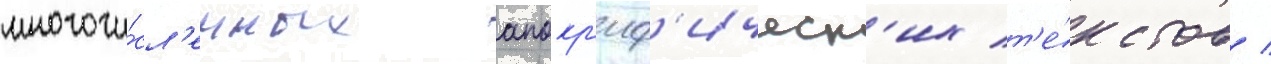
многочи́сл'енных апокр'иф'ическ'их т'е́кстов /